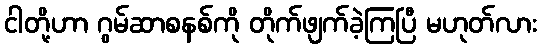
ငါတို့ဟာ ဂွမ်ဆာစနစ်ကို တိုက်ဖျက်ခဲ့ကြပြီ မဟုတ်လား